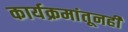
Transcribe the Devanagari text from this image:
कार्यक्रमांतूनही